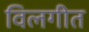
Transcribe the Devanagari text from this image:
विलगीत